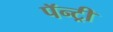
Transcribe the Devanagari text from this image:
पॅन्ट्री